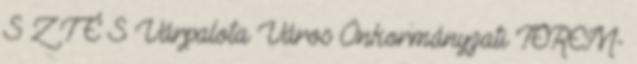
S Z T É S Várpalota Város Önkormányzati TEREM-